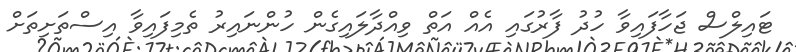
ޓައިލްސް ޖަހާފައިވާ ހުދު ފާރުގައި އެއް އަތް ވިއްދާލައިގެން ހުންނައިރު ތެމިފައިވާ އިސްތަށިތަށް